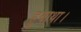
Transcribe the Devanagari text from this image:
हुवाथा।